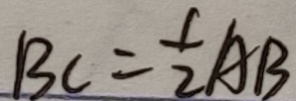
B C = \frac { 1 } { 2 } A B